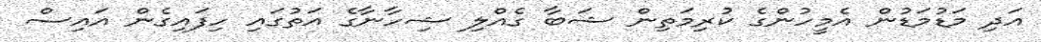
އަދި މަޑުމަޑުން އެމީހުންގެ ކުރިމަތިން ޝަބާ ގެއްލި ޝިހާނާގެ އަތުގައި ހިފައިގެން އައިސް